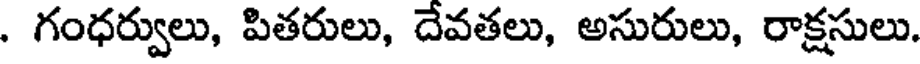
. గంధర్వులు, పితరులు, దేవతలు, అసురులు, రాక్షసులు.